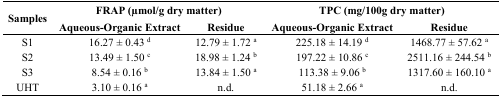
<table><thead><tr><td rowspan="2"><b>Samples</b></td><td colspan="2"><b>FRAP (μmol/g dry matter)</b></td><td colspan="2"><b>TPC (mg/100g dry matter)</b></td></tr><tr><td><b>Aqueous-Organic Extract</b></td><td><b>Residue</b></td><td><b>Aqueous-Organic Extract</b></td><td><b>Residue</b></td></tr></thead><tbody><tr><td>S1</td><td>16.27 ± 0.43 <sup>d</sup></td><td>12.79 ± 1.72 <sup>a</sup></td><td>225.18 ± 14.19 <sup>d</sup></td><td>1468.77 ± 57.62 <sup>a</sup></td></tr><tr><td>S2</td><td>13.49 ± 1.50 <sup>c</sup></td><td>18.98 ± 1.24 <sup>b</sup></td><td>197.22 ± 10.86 <sup>c</sup></td><td>2511.16 ± 244.54 <sup>b</sup></td></tr><tr><td>S3</td><td>8.54 ± 0.16 <sup>b</sup></td><td>13.84 ± 1.50 <sup>a</sup></td><td>113.38 ± 9.06 <sup>b</sup></td><td>1317.60 ± 160.10 <sup>a</sup></td></tr><tr><td>UHT</td><td>3.10 ± 0.16 <sup>a</sup></td><td>n.d.</td><td>51.18 ± 2.66 <sup>a</sup></td><td>n.d.</td></tr></tbody></table>